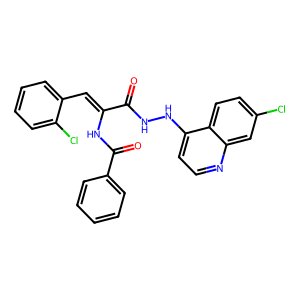
SMILES: O=C(NNc1ccnc2cc(Cl)ccc12)C(=Cc1ccccc1Cl)NC(=O)c1ccccc1
Inhibits HIV replication: No